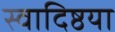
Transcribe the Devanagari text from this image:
स्वादिष्ठया